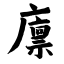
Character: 廪